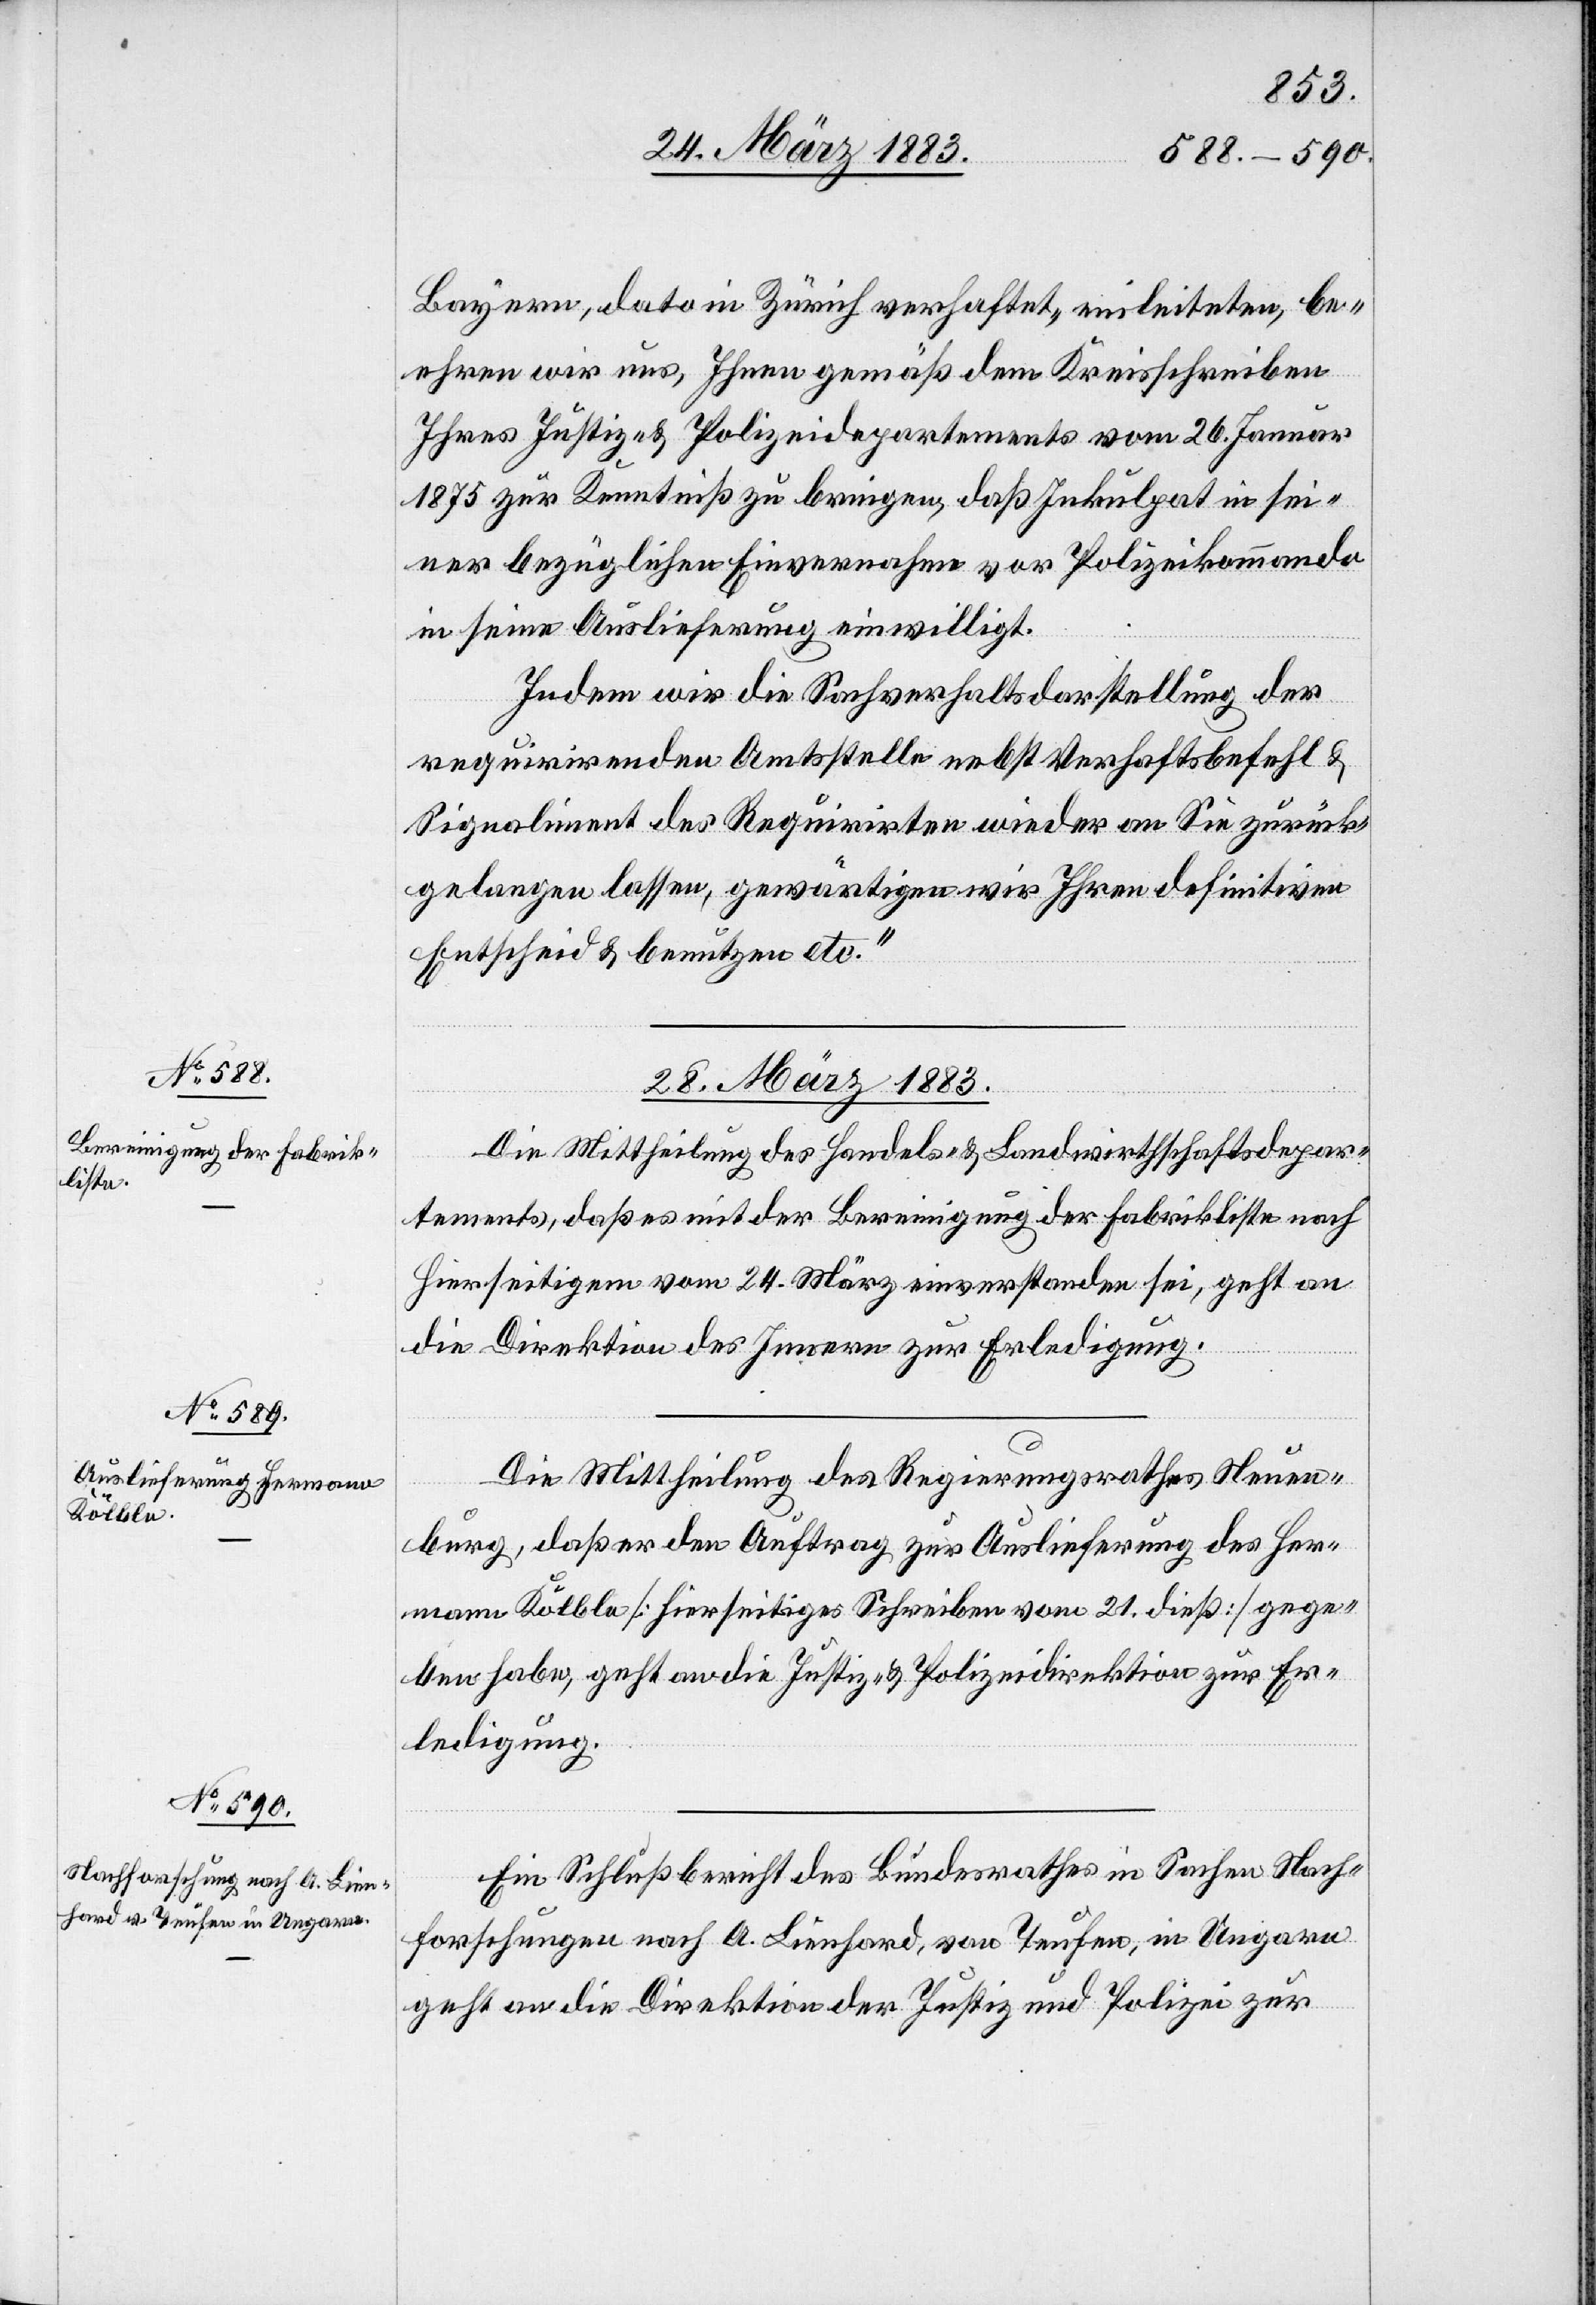
28. März 1883.]
Bayern, dato in Zürich verhaftet, einleiteten, be¬
ehren wir uns, Ihnen gemäß dem Kreisschreiben
Ihres Justiz- & Polizeidepartements vom 26. Januar
1875 zur Kenntniß zu bringen, daß Inkulpat in sei¬
ner bezüglichen Einvernahme vor Polizeikommando
in seine Auslieferung einwilligt.
Indem wir die Sachverhaltsdarstellung der
requirirenden Amtsstelle nebst Verhaftsbefehl &
Signaliment [sic!] des Requirirten wieder an Sie zurück¬
gelangen lassen, gewärtigen wir Ihren definitiven
Entschteid & benutzen etc.“
28. März 1883.
Die Mittheilung des Handels- & Landwirthschaftsdepar¬
tements, daß es mit der Bereinigung der Fabrikliste nach
Hierseitigem vom 24. März einverstanden sei, geht an
die Direktion des Innern zur Erledigung.
Die Mittheilung des Regierungsrathes Neuen¬
burg, daß er den Auftrag zur Auslieferung des Her¬
mann Kölble [hierseitiges Schreiben vom 21. dieß] gege¬
ben habe, geht an die Justiz- & Polizeidirektion zur Er¬
ledigung.
Ein Schlußbericht des Bundesrathes in Sachen Nach¬
forschungen nach A. Lienhard, von Teufen, in Ungarn
geht an die Direktion der Justiz & Polizei zur